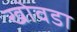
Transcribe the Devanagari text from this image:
खोवडा